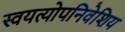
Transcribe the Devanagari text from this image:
स्वयत्योपनिवेशिय